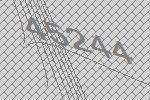
45244